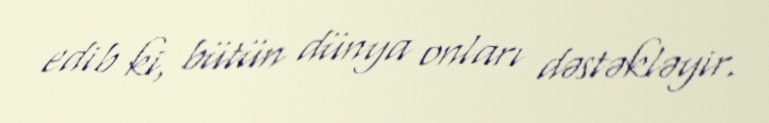
edib ki, bütün dünya onları dəstəkləyir.